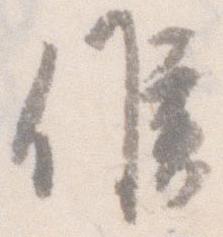
候